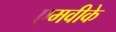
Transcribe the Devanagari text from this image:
एमवीके